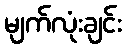
မျက်လုံးချင်း